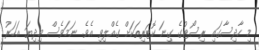
މި ހާދިސާގައި ރިސޯޓުގެ ގިނަ ކޮޓަރިތަކަށް ގެއްލިވި އެވެ. ނަމަވެސް މިދިޔަ އަހަރު